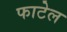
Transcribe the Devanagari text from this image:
फाटेल